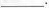
___.